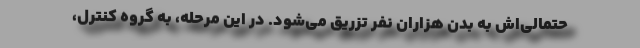
حتمالی‌اش به بدن هزاران نفر تزریق می‌شود. در این مرحله، به گروه کنترل،